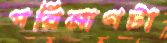
পরিমাণটা